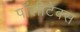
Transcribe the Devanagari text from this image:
पॉलीटेक्स